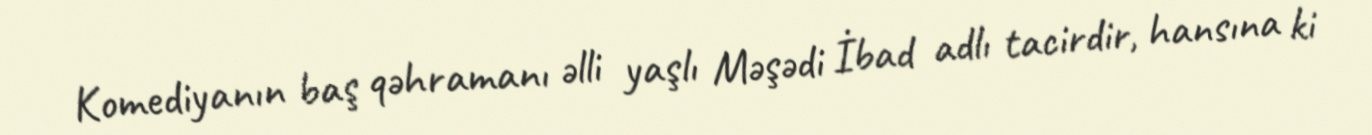
Komediyanın baş qəhramanı əlli yaşlı Məşədi İbad adlı tacirdir, hansına ki